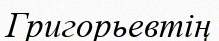
Григорьевтің